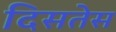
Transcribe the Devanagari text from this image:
दिसतेस